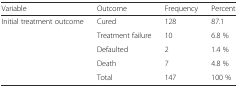
<table><thead><tr><td><b>Variable</b></td><td><b>Outcome</b></td><td><b>Frequency</b></td><td><b>Percent</b></td></tr></thead><tbody><tr><td>Initial treatment outcome</td><td>Cured</td><td>128</td><td>87.1</td></tr><tr><td></td><td>Treatment failure</td><td>10</td><td>6.8 %</td></tr><tr><td></td><td>Defaulted</td><td>2</td><td>1.4 %</td></tr><tr><td></td><td>Death</td><td>7</td><td>4.8 %</td></tr><tr><td></td><td>Total</td><td>147</td><td>100 %</td></tr></tbody></table>